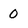
Character: 0